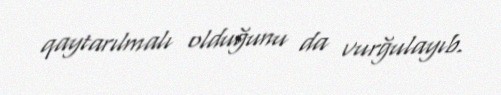
qaytarılmalı olduğunu da vurğulayıb.